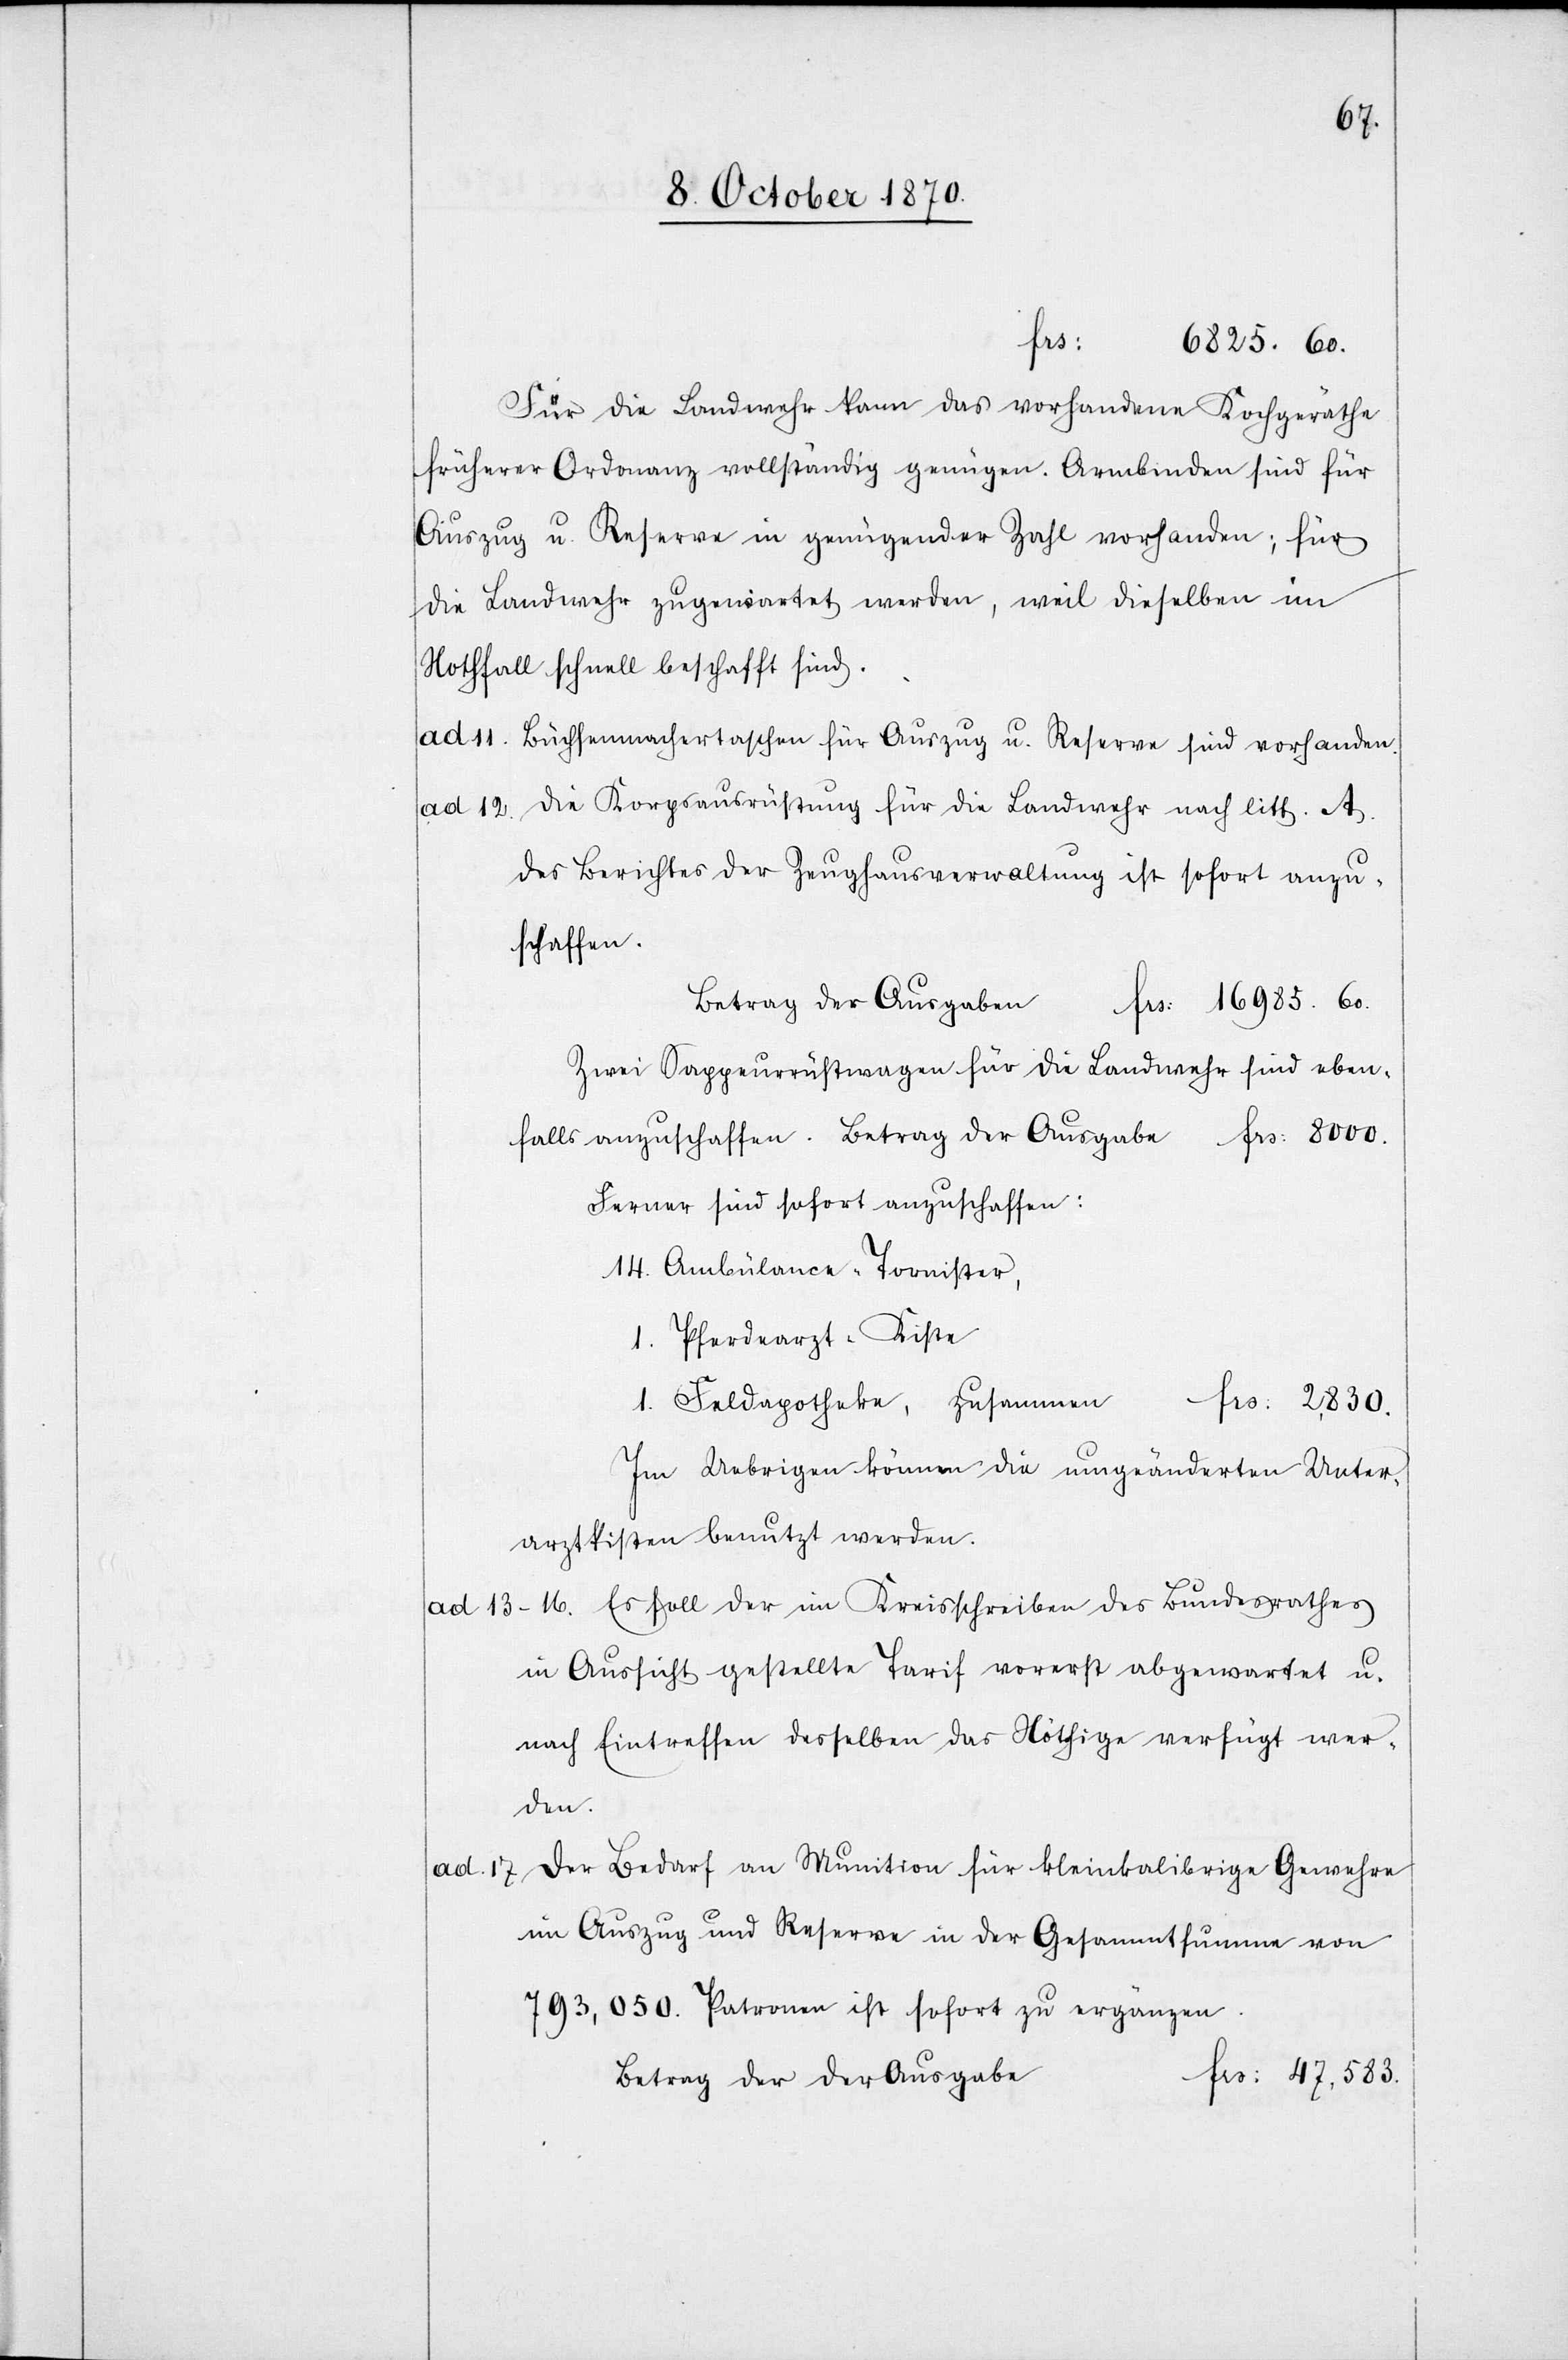
anz¬
6825.60.
Für die Landwehr kann das vorhandene Kochgeräthe
früherer Ordonanz vollständig genügen. Armbinden sind für
Auszug u. Reserve in genügender Zahl vorhanden; für
die Landwehr [kann] zugewartet werden, weil dieselben im
Nothfall schnell beschafft sind.
ad. 11. Büchsenmachertaschen für Auszug u. Reserve sind vorhanden.
ad. 12. Die Korpsausrüstung für die Landwehr nach litt. A.
des Berichtes der Zeughausverwaltung ist sofort anzu¬
uschaffen.
Betrag der Ausgabe
Fr: 16985.60.
Zwei Sappeurrüstwagen für die Landwehr sind eben¬
Ferner sind sofort anzuschaffen:
14. Ambulance-Tornister,
1. Pferdearzt-Kiste
1. Feldapotheke, zusammen
Fr: 2,380.
Im Uebrigen können die ungeänderten Unter¬
arztkisten benutzt werden.
13–16. Es soll der im Kreisschreiben des Bundesrathes
in Aussicht gestellte Tarif vorerst abgewartet u.
nach Eintreffen desselben das Nöthige verfügt wer¬
den.
ad. 17. Der Bedarf an Munition für kleinkalibrige Gewehre
im Auszug und Reserve in der Gesammtsumme von
793,050. Patronen ist sofort zu ergänzen.
Fr: 47,583.